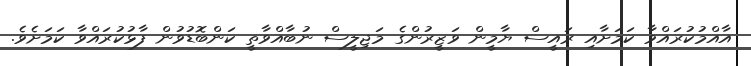
އާއްމުކުރައްވާ ކަމަށާއި ރައީސް ޔާމީން ވަޒީރުންގެ މަޖިލީސް ނުބާއްވާތީ ކަންބޮޑުވުން ފާޅުކުރައްވާ ކަމަށެވެ.